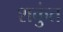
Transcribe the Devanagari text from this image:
शकुंत